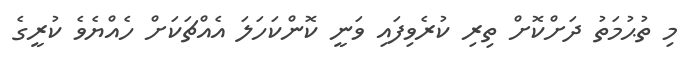
މި ތުޙުމަތު ދަށްކޮށް ތިރި ކުރެވިފައި ވަނީ ކޮންކަހަލަ އެއްޗަކަށް ހެއްޔެވެ ކުރީގެ